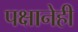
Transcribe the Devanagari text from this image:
पक्षानेही